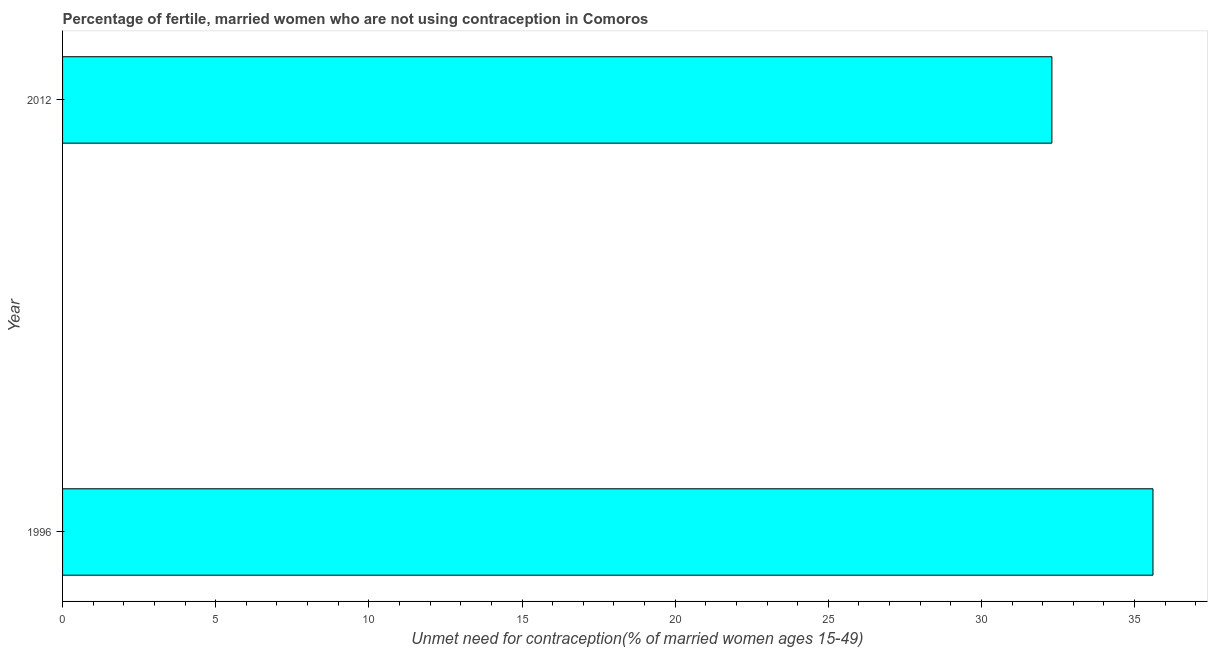
| Year | Unmet need for contraception |
 | --- | --- |
 | 1996 | 35.6 |
 | 2012 | 32.3 |